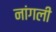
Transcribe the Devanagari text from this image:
नांगली